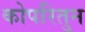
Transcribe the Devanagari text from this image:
कोपरितुन